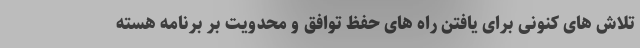
تلاش های کنونی برای یافتن راه های حفظ توافق و محدویت بر برنامه هسته